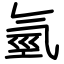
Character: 氫